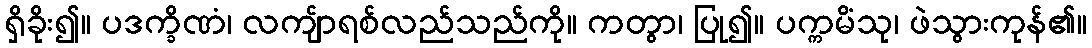
ရှိခိုး၍။ ပဒက္ခိဏံ၊ လကျ်ာရစ်လည်သည်ကို။ ကတွာ၊ ပြု၍။ ပက္ကမိံသု၊ ဖဲသွားကုန်၏။